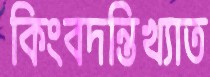
কিংবদন্তিখ্যাত